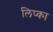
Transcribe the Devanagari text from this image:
लिप्का